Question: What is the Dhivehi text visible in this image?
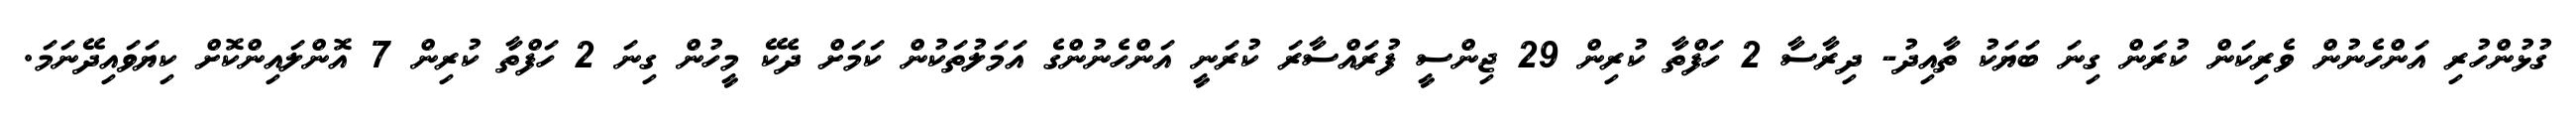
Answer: ގުޅުންހުރި އަންހެނުން ވެރިކަން ކުރަން ގިނަ ބަޔަކު ތާއިދު- ދިރާސާ 2 ހަފްތާ ކުރިން 29 ޖިންސީ ފުރައްސާރަ ކުރަނީ އަންހެނުންގެ އަމަލުތަކުން ކަމަށް ދެކޭ މީހުން ގިނަ 2 ހަފްތާ ކުރިން 7 އޮންލައިންކޮށް ކިޔަވައިދޭނަމަ.